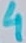
Text: 4